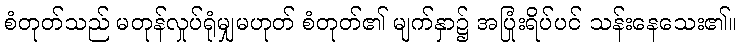
စံတုတ်သည် မတုန်လှုပ်ရုံမျှမဟုတ် စံတုတ်၏ မျက်နှာ၌ အပြုံးရိပ်ပင် သန်းနေသေး၏။